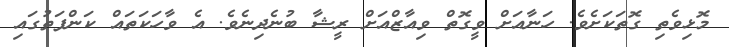
މޮޅިވެތި ގޮތަކަށެވެ. ހަނާއަށް ވީގޮތް ވިއާޒްއަށް ރީޝާ ބުނެދިނެވެ. އެ ވާހަކަތައް ކަންފަތުގައި